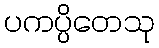
ပကပ္ပိတေသု